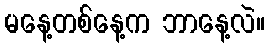
မနေ့တစ်နေ့က ဘာနေ့လဲ။